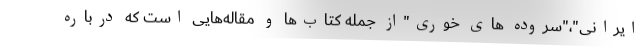
ایرانی"،"سروده های خوری"از جمله کتاب‌ها و مقاله‌هایی است که درباره